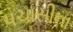
પચાસીના